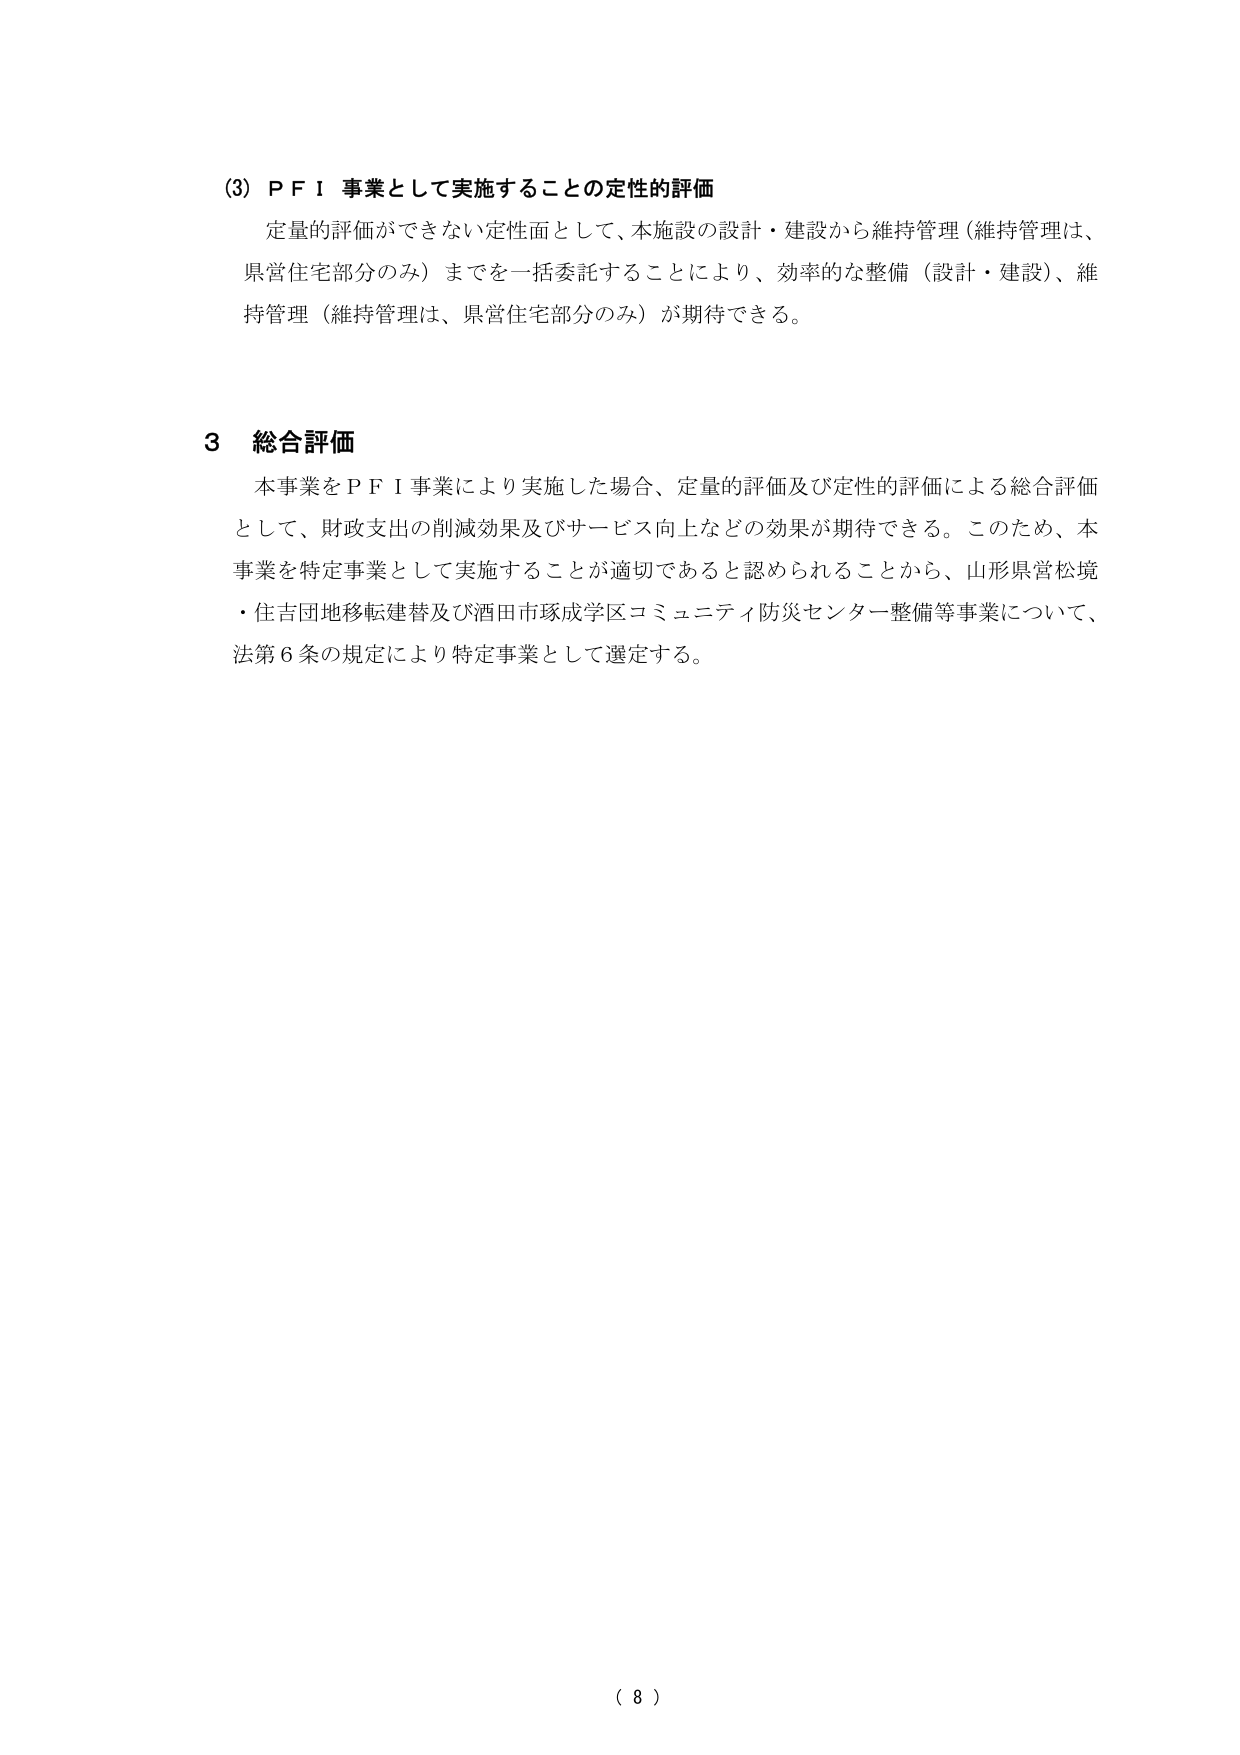
(3) P F I 事業として実施することの定性的評価
定量的評価ができない定性面として、本施設の設計・建設から維持管理（維持管理は、県営住宅部分のみ）までを一括委託することにより、効率的な整備（設計・建設）、維持管理（維持管理は、県営住宅部分のみ）が期待できる。

3 総合評価
本事業をＰＦＩ事業により実施した場合、定量的評価及び定性的評価による総合評価として、財政支出の削減効果及びサービス向上などの効果が期待できる。このため、本事業を特定事業として実施することが適切であると認められることから、山形県営松境・住吉団地移転建替及び酒田市琢成学区コミュニティ防災センター整備等事業について、法第6条の規定により特定事業として選定する。

（ 8 ）